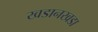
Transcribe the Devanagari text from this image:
खडानखडा